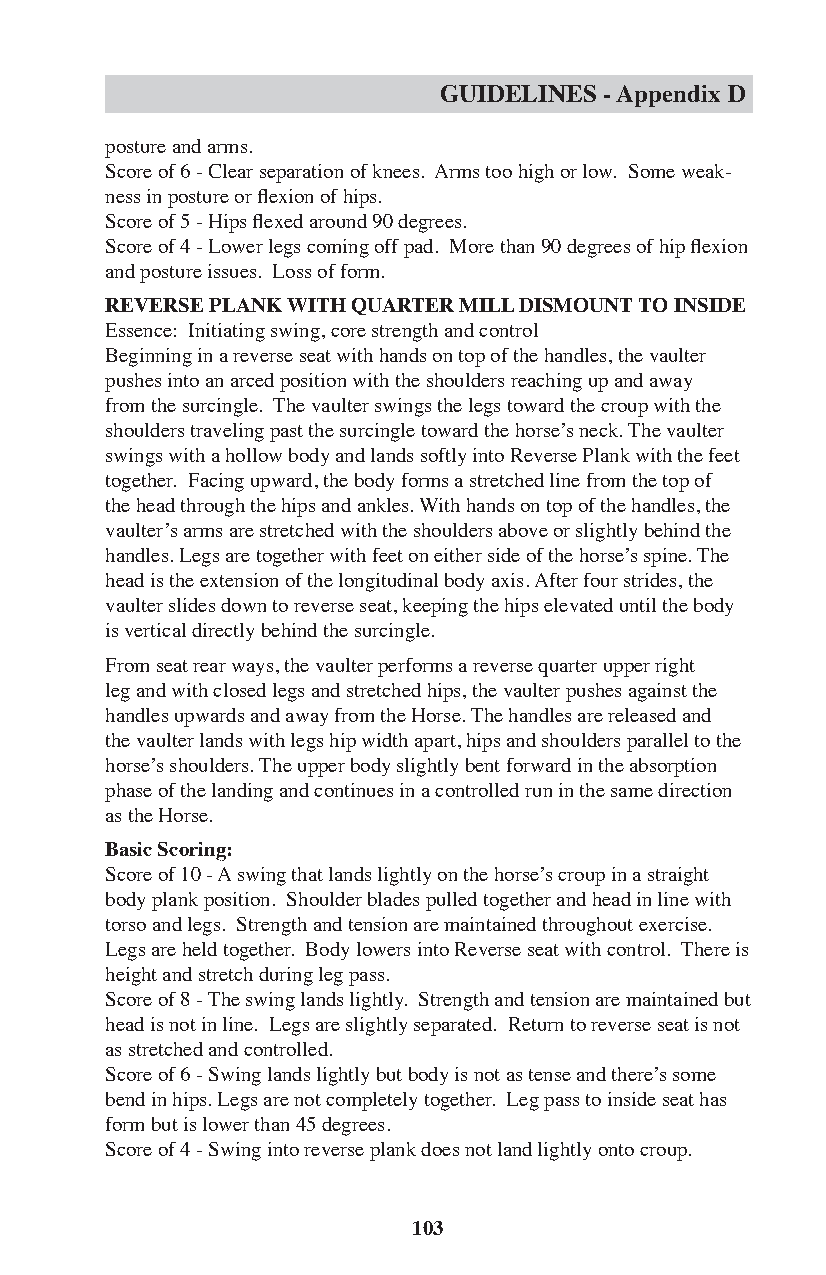
GUIDELINES - Appendix D
 posture and arms.
 Score of 6 - Clear separation of knees. Arms too high or low. Some weak-
 ness in posture or flexion of hips.
 Score of 5 - Hips flexed around 90 degrees.
 Score of 4 - Lower legs coming off pad. More than 90 degrees of hip flexion
 and posture issues. Loss of form.
 REVERSE PLANK WITH QUARTER MILL DISMOUNT TO INSIDE
 Essence: Initiating swing, core strength and control
 Beginning in a reverse seat with hands on top of the handles, the vaulter
 pushes into an arced position with the shoulders reaching up and away
 from the surcingle. The vaulter swings the legs toward the croup with the
 shoulders traveling past the surcingle toward the horse’s neck. The vaulter
 swings with a hollow body and lands softly into Reverse Plank with the feet
 together. Facing upward, the body forms a stretched line from the top of
 the head through the hips and ankles. With hands on top of the handles, the
 vaulter’s arms are stretched with the shoulders above or slightly behind the
 handles. Legs are together with feet on either side of the horse’s spine. The
 head is the extension of the longitudinal body axis. After four strides, the
 vaulter slides down to reverse seat, keeping the hips elevated until the body
 is vertical directly behind the surcingle.
 From seat rear ways, the vaulter performs a reverse quarter upper right
 leg and with closed legs and stretched hips, the vaulter pushes against the
 handles upwards and away from the Horse. The handles are released and
 the vaulter lands with legs hip width apart, hips and shoulders parallel to the
 horse’s shoulders. The upper body slightly bent forward in the absorption
 phase of the landing and continues in a controlled run in the same direction
 as the Horse.
 Basic Scoring:
 Score of 10 - A swing that lands lightly on the horse’s croup in a straight
 body plank position. Shoulder blades pulled together and head in line with
 torso and legs. Strength and tension are maintained throughout exercise.
 Legs are held together. Body lowers into Reverse seat with control. There is
 height and stretch during leg pass.
 Score of 8 - The swing lands lightly. Strength and tension are maintained but
 head is not in line. Legs are slightly separated. Return to reverse seat is not
 as stretched and controlled.
 Score of 6 - Swing lands lightly but body is not as tense and there’s some
 bend in hips. Legs are not completely together. Leg pass to inside seat has
 form but is lower than 45 degrees.
 Score of 4 - Swing into reverse plank does not land lightly onto croup.
 103